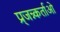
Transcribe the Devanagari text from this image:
प्र्जन्न्कर्ताओ